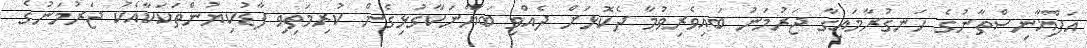
އަފްޣާނިސްތާނުގެ ހަނގުރާމައިގާ ޖަރުމަނު ބައިވެރިވުމާ ދެކޮޅަށް ދެއްވި ބަޔާނަކާގުޅިގެން ކުރިމަތިވި ފާޑުކިޔުންތަކަކާއެކު ޖަރުމަނުގެ